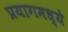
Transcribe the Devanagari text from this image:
प्रयागमध्ये